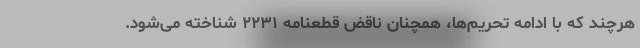
هرچند که با ادامه تحریم‌ها، همچنان ناقض قطعنامه ۲۲۳۱ شناخته می‌شود.